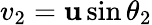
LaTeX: v_{2}=\mathbf{u}\sin\theta_{2}